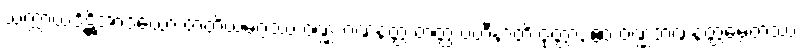
သက္ကာယဒိဋ္ဌိအာဒယော တတိယမဂ္ဂဿ ဝဏ္ဏဘဏနတ္ထံ တတ္ထ ပဟီနာတိ ဝုတ္တာ, ဧဝံ ဝဏ္ဏဘဏနတ္ထမ္ပေတဿ